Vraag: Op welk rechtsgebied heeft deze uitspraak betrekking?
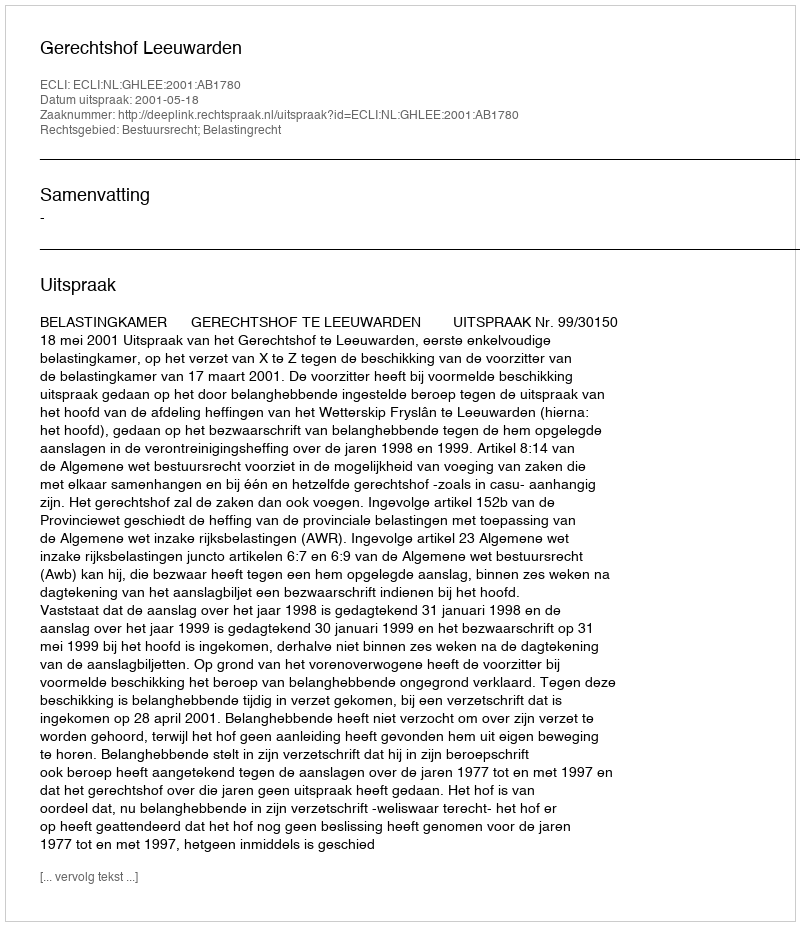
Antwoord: Bestuursrecht; Belastingrecht